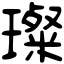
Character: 璨